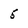
Character: 5